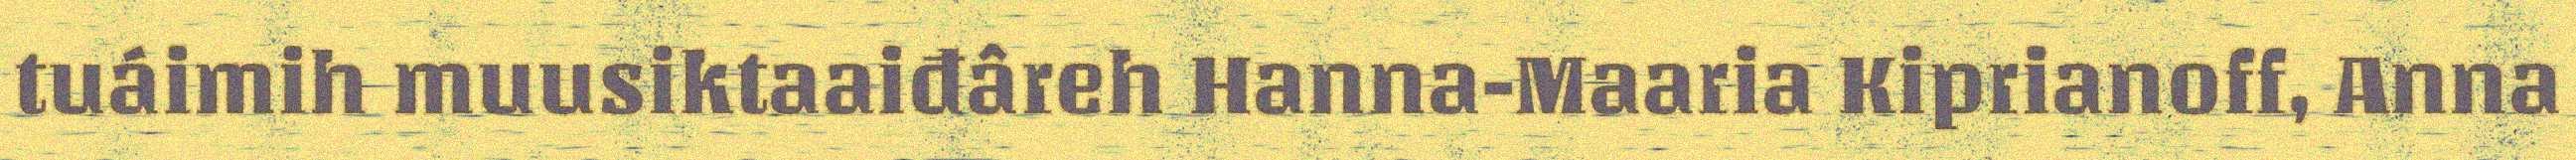
tuáimih muusiktaaiđâreh Hanna-Maaria Kiprianoff, Anna